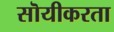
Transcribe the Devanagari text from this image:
सॊयीकरता